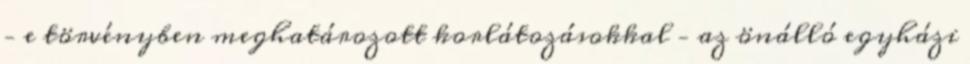
– e törvényben meghatározott korlátozásokkal – az önálló egyházi